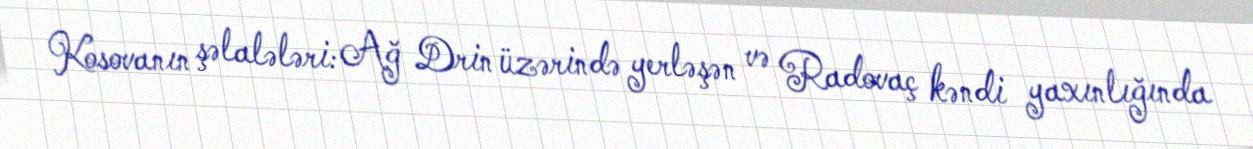
Kosovanın şəlalələri: Ağ Drin üzərində yerləşən və Radovaç kəndi yaxınlığında